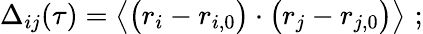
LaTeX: \Delta_{ij}(\tau)=\left\langle{\big(r_{i}-r_{i,0}\big)\cdot\big(r_{j}-r_{j,0}\big)}\right\rangle\, \, ;